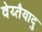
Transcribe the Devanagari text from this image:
वेय्तैयादु